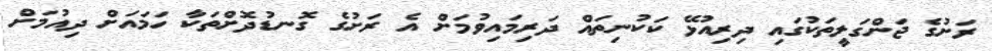
ރަށުގެ ޖަންގަލީތަކުގައި ދިރިއުޅޭ ކަކުނިތައް ދަރިމައިވުމަށް އެ ރަށުގެ ގޮނޑުދޮށްތަކާ ހަމައަށް ދިއުމަށް